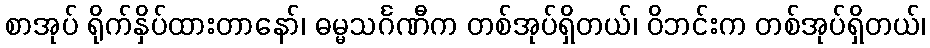
စာအုပ် ရိုက်နှိပ်ထားတာနော်၊ ဓမ္မသင်္ဂဏီက တစ်အုပ်ရှိတယ်၊ ဝိဘင်းက တစ်အုပ်ရှိတယ်၊